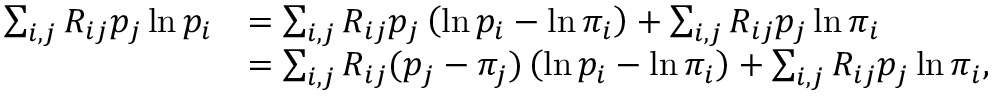
\begin{array} { r l } { \sum _ { i , j } R _ { i j } p _ { j } \ln p _ { i } } & { = \sum _ { i , j } R _ { i j } p _ { j } \left( \ln p _ { i } - \ln \pi _ { i } \right) + \sum _ { i , j } R _ { i j } p _ { j } \ln \pi _ { i } } \\ & { = \sum _ { i , j } R _ { i j } ( p _ { j } - \pi _ { j } ) \left( \ln p _ { i } - \ln \pi _ { i } \right) + \sum _ { i , j } R _ { i j } p _ { j } \ln \pi _ { i } , } \end{array}